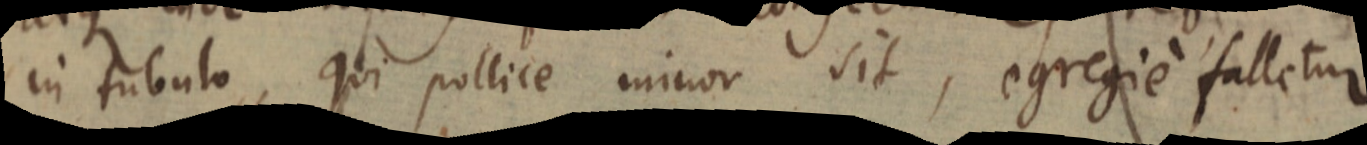
in tubulo, qui pollice minor sit, egregie falletur